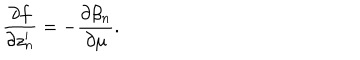
\frac { \partial f } { \partial z _ { n } ^ { \prime } } = - \frac { \partial \beta _ { n } } { \partial \mu } .